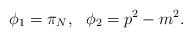
LaTeX: \begin{align*}\phi_1 = \pi_N, \:\:\: \phi_2 = p^2 - m^2.\end{align*}